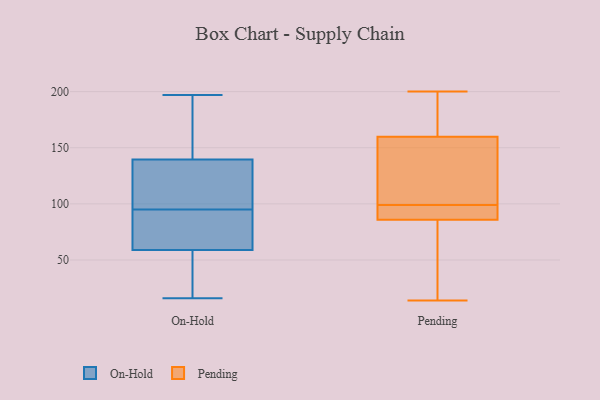
{"axis": {"x": "Population (Million)", "y": "Value"}, "legend": ["On-Hold", "Pending"], "data": [{"x": "", "y": 174, "type": "On-Hold"}, {"x": "", "y": 156, "type": "On-Hold"}, {"x": "", "y": 16, "type": "On-Hold"}, {"x": "", "y": 134, "type": "On-Hold"}, {"x": "", "y": 127, "type": "On-Hold"}, {"x": "", "y": 95, "type": "On-Hold"}, {"x": "", "y": 127, "type": "On-Hold"}, {"x": "", "y": 72, "type": "On-Hold"}, {"x": "", "y": 197, "type": "On-Hold"}, {"x": "", "y": 106, "type": "On-Hold"}, {"x": "", "y": 38, "type": "On-Hold"}, {"x": "", "y": 74, "type": "On-Hold"}, {"x": "", "y": 178, "type": "On-Hold"}, {"x": "", "y": 20, "type": "On-Hold"}, {"x": "", "y": 86, "type": "On-Hold"}, {"x": "", "y": 18, "type": "On-Hold"}, {"x": "", "y": 66, "type": "On-Hold"}, {"x": "", "y": 156, "type": "Pending"}, {"x": "", "y": 180, "type": "Pending"}, {"x": "", "y": 45, "type": "Pending"}, {"x": "", "y": 135, "type": "Pending"}, {"x": "", "y": 97, "type": "Pending"}, {"x": "", "y": 164, "type": "Pending"}, {"x": "", "y": 200, "type": "Pending"}, {"x": "", "y": 115, "type": "Pending"}, {"x": "", "y": 140, "type": "Pending"}, {"x": "", "y": 99, "type": "Pending"}, {"x": "", "y": 70, "type": "Pending"}, {"x": "", "y": 85, "type": "Pending"}, {"x": "", "y": 161, "type": "Pending"}, {"x": "", "y": 96, "type": "Pending"}, {"x": "", "y": 81, "type": "Pending"}, {"x": "", "y": 193, "type": "Pending"}, {"x": "", "y": 88, "type": "Pending"}, {"x": "", "y": 14, "type": "Pending"}, {"x": "", "y": 88, "type": "Pending"}]}